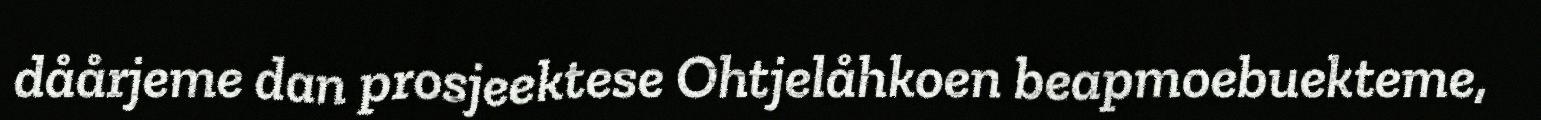
dåårjeme dan prosjeektese Ohtjelåhkoen beapmoebuekteme,